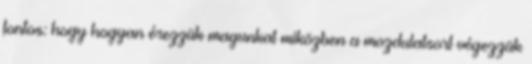
fontos: hogy hogyan érezzük magunkat miközben a mozdulatsort végezzük